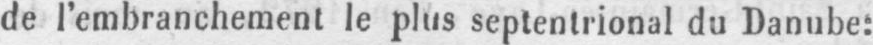
de l’embranchement le plus septentrional du Danube: